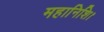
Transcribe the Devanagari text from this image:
महानिशि।